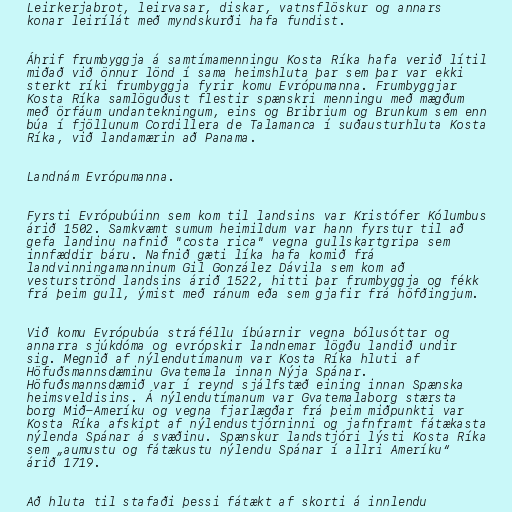
Leirkerjabrot, leirvasar, diskar, vatnsflöskur og annars
konar leirílát með myndskurði hafa fundist.

Áhrif frumbyggja á samtímamenningu Kosta Ríka hafa verið lítil
miðað við önnur lönd í sama heimshluta þar sem þar var ekki
sterkt ríki frumbyggja fyrir komu Evrópumanna. Frumbyggjar
Kosta Ríka samlöguðust flestir spænskri menningu með mægðum
með örfáum undantekningum, eins og Bribrium og Brunkum sem enn
búa í fjöllunum Cordillera de Talamanca í suðausturhluta Kosta
Ríka, við landamærin að Panama.

Landnám Evrópumanna.

Fyrsti Evrópubúinn sem kom til landsins var Kristófer Kólumbus
árið 1502. Samkvæmt sumum heimildum var hann fyrstur til að
gefa landinu nafnið "costa rica" vegna gullskartgripa sem
innfæddir báru. Nafnið gæti líka hafa komið frá
landvinningamanninum Gil González Dávila sem kom að
vesturströnd landsins árið 1522, hitti þar frumbyggja og fékk
frá þeim gull, ýmist með ránum eða sem gjafir frá höfðingjum.

Við komu Evrópubúa stráféllu íbúarnir vegna bólusóttar og
annarra sjúkdóma og evrópskir landnemar lögðu landið undir
sig. Megnið af nýlendutímanum var Kosta Ríka hluti af
Höfuðsmannsdæminu Gvatemala innan Nýja Spánar.
Höfuðsmannsdæmið var í reynd sjálfstæð eining innan Spænska
heimsveldisins. Á nýlendutímanum var Gvatemalaborg stærsta
borg Mið-Ameríku og vegna fjarlægðar frá þeim miðpunkti var
Kosta Ríka afskipt af nýlendustjórninni og jafnframt fátækasta
nýlenda Spánar á svæðinu. Spænskur landstjóri lýsti Kosta Ríka
sem „aumustu og fátækustu nýlendu Spánar í allri Ameríku“
árið 1719.

Að hluta til stafaði þessi fátækt af skorti á innlendu